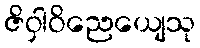
ဇိဝှါဝိညေယျေသု